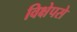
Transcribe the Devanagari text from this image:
विक्षेपसे